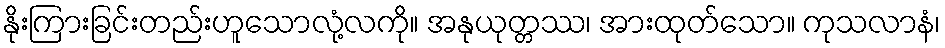
နိုးကြားခြင်းတည်းဟူသောလုံ့လကို။ အနုယုတ္တဿ၊ အားထုတ်သော။ ကုသလာနံ၊